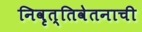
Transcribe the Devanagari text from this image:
निवृत्तिवेतनाची